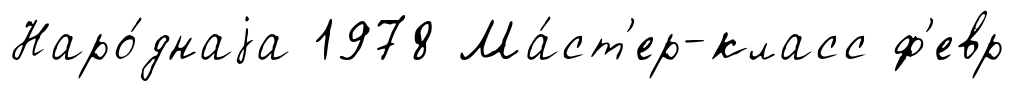
Наро́днаjа 1978 Ма́ст'ер-класс ф'евр